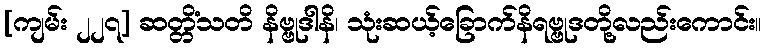
[ကျမ်း ၂၂၇] ဆတ္တိံသတိ နိဗ္ဗုဒါနိ၊ သုံးဆယ့်ခြောက်နိရဗ္ဗုဒတို့လည်းကောင်း။